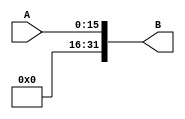
module test7(A, B);

input [15:0] A;
output [31:0] B;

assign B[31:16] = 16'h0000;
assign B[15:0] = A;

endmodule